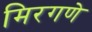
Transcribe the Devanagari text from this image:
मिरगणे